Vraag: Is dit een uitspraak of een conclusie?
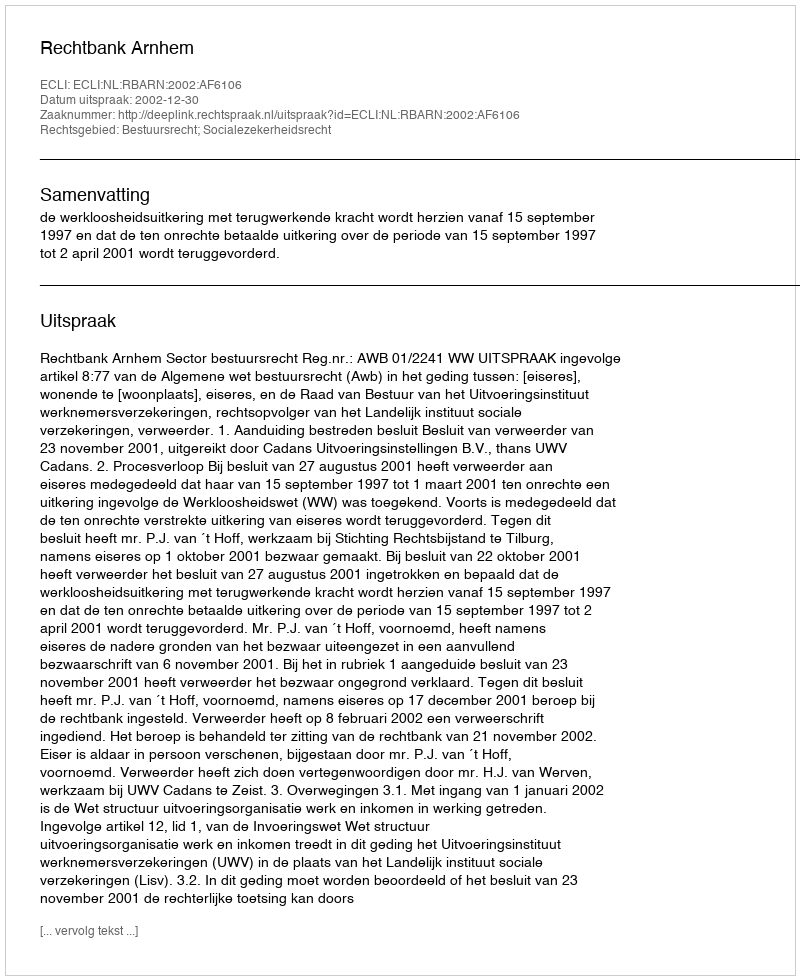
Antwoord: Uitspraak